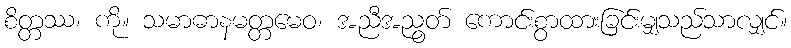
စိတ္တဿ၊ ကို။ သမာဓာနမတ္တမေဝ၊ အညီအညွတ် ကောင်းစွာထားခြင်းမျှသည်သာလျှင်။